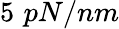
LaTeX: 5\, \, pN/nm